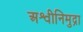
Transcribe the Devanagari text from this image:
अश्वीनिमुद्रा